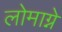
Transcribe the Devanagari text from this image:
लोमाग्ने